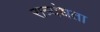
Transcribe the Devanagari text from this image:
रात्र्यंधता